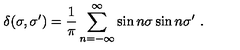
\delta ( \sigma , \sigma ^ { \prime } ) = \frac { 1 } { \pi } \sum _ { n = - \infty } ^ { \infty } \sin n \sigma \sin n \sigma ^ { \prime } \ .